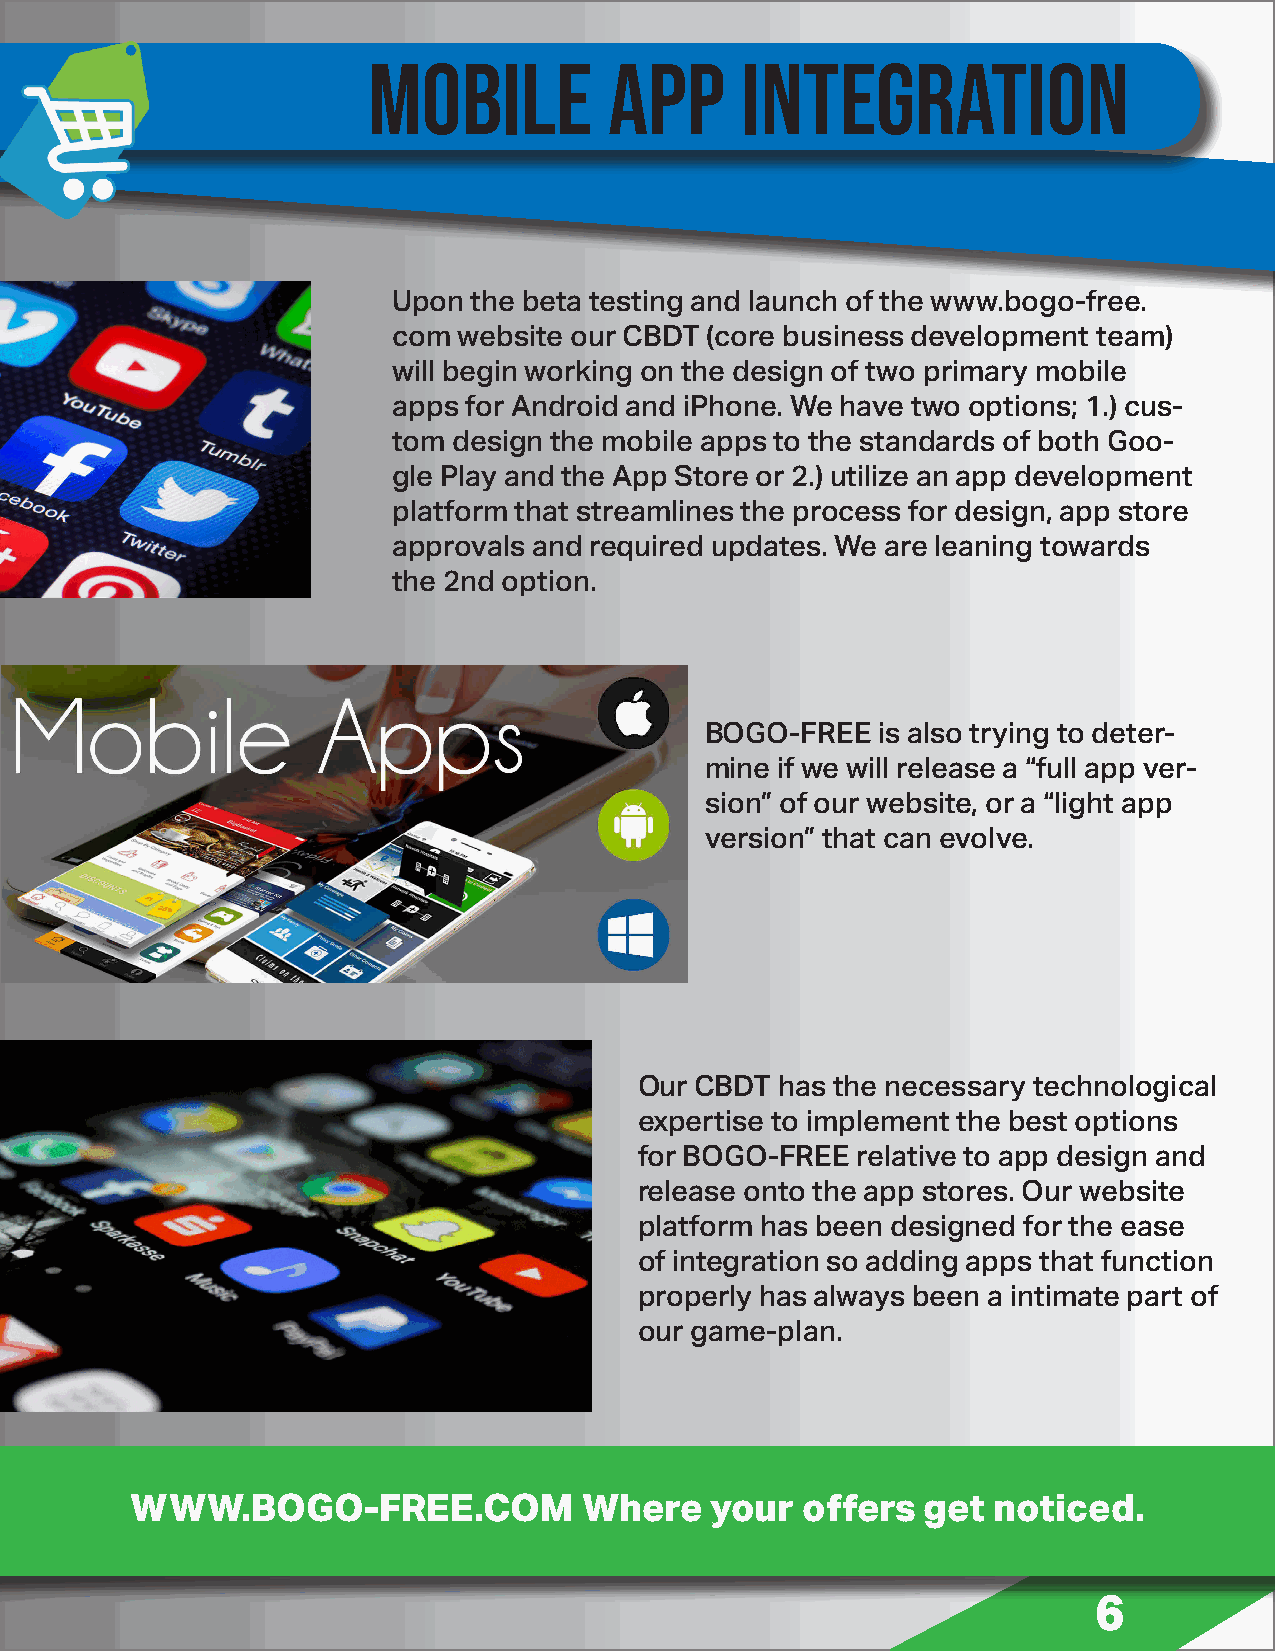
MOBILE          APP      INTEGRATION
 Upon the beta testing and launch of the www.bogo-free.
 com website our CBDT (core business development team)
 will begin working on the design of two primary mobile
 apps for Android and iPhone. We have two options; 1.) cus-
 tom design the mobile apps to the standards of both Goo-
 gle Play and the App Store or 2.) utilize an app development
 platform that streamlines the process for design, app store
 approvals and required updates. We are leaning towards
 the 2nd option.
 BOGO-FREE  is also trying to deter-
 mine if we will release a “full app ver-
 sion” of our website, or a “light app
 version” that can evolve.
 Our CBDT  has the necessary technological
 expertise to implement the best options
 for BOGO-FREE  relative to app design and
 release onto the app stores. Our website
 platform has been designed for the ease
 of integration so adding apps that function
 properly has always been a intimate part of
 our game-plan.
 WWW.BOGO-FREE.COM             Where   your  offers  get  noticed.
 6